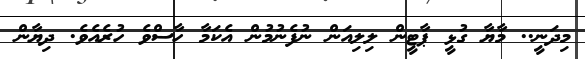
މިދަނީ.. މާޔާ ގުޅީ ޕާޓީން ލިލިއަން ނުފެނުމުން އެކަމާ ހާސްވެ ހުރެއެވެ. ދިޔާން